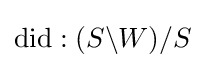
{\text{did}}:(S\backslash W)/S